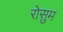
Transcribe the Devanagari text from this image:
रोसुम